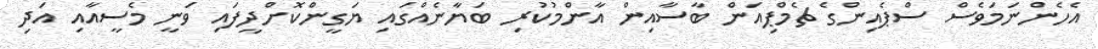
އެހެންނަމަވެސް ސްޕެއިންގެ ޗެމްޕިއަން ބާސާއިން އާންމުކުރި ބަޔާނެއްގައި ޔަގީންކޮށްދީފައި ވަނީ މެސީއާއި އަދި